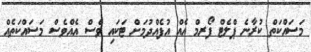
މަސައްކަތް ކުރާނެ ޕްލެޓް ފޯރމް އެއް އުފެއްދުމަށް ޓަކައި ވެސް އެއްވެސް މަސައްކަތެއް